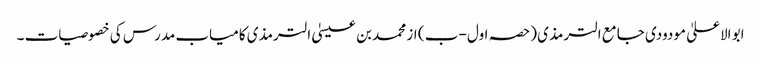
ابو الاعلیٰ مودودی جامع الترمذی (حصہ اول -ب ) از محمد بن عیسیٰ الترمذی کامیاب مدرس کی خصوصیات ۔